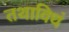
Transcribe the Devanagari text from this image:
तथाविधं